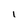
Character: I